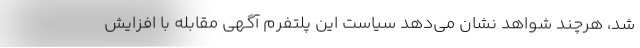
شد، هرچند شواهد نشان می‌دهد سیاست این پلتفرم آگهی مقابله با افزایش